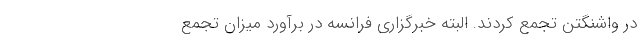
در واشنگتن تجمع کردند. البته خبرگزاری فرانسه در برآورد میزان تجمع